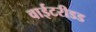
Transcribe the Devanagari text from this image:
वाईटरीडड